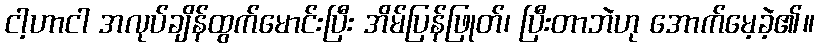
ငါ့ဟာငါ အလုပ်ချိန်ထွက်မောင်းပြီး အိမ်ပြန်ဖြုတ်၊ ပြီးတာဘဲဟု အောက်မေ့ခဲ့၏။